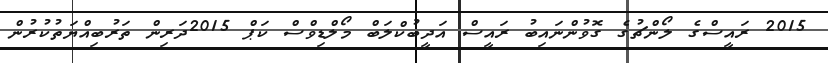
2015 ރައީސްގެ ލޯންޗުގެ ގޮވުންނައިބު ރައީސް އަދީބުކްލަބް މޯލްޑިވްސް ކަޕް 2015ދަރިން ތަރުބިއްޔަތުކުރުން